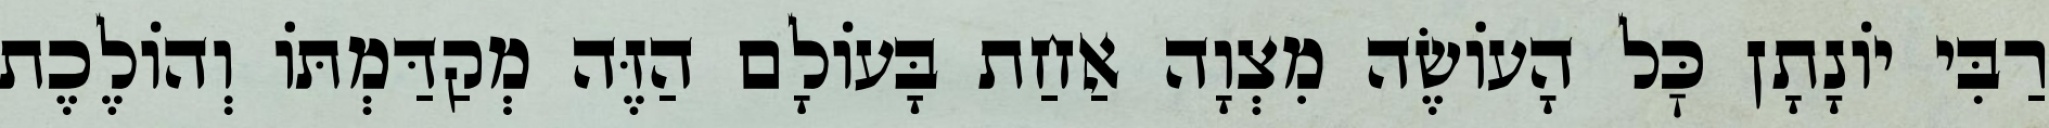
רַבִּי יוֹנָתָן כׇּל הָעוֹשֶׂה מִצְוָה אַחַת בָּעוֹלָם הַזֶּה מְקַדַּמְתּוֹ וְהוֹלֶכֶת